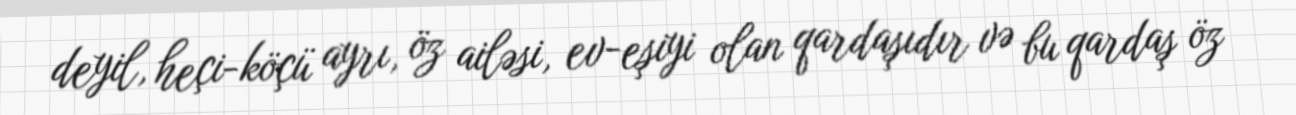
deyil, heçi-köçü ayrı, öz ailəsi, ev-eşiyi olan qardaşıdır və bu qardaş öz